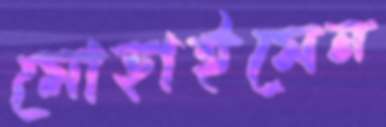
মোহাইমেন